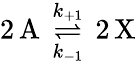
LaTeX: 2\, \mathrm{A}\, \underset{k_{-1}}{\overset{k_{+1}}{\rightleftharpoons}}\, 2\, \mathrm{X}